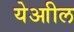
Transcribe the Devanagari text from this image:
येआील